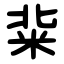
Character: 䉾